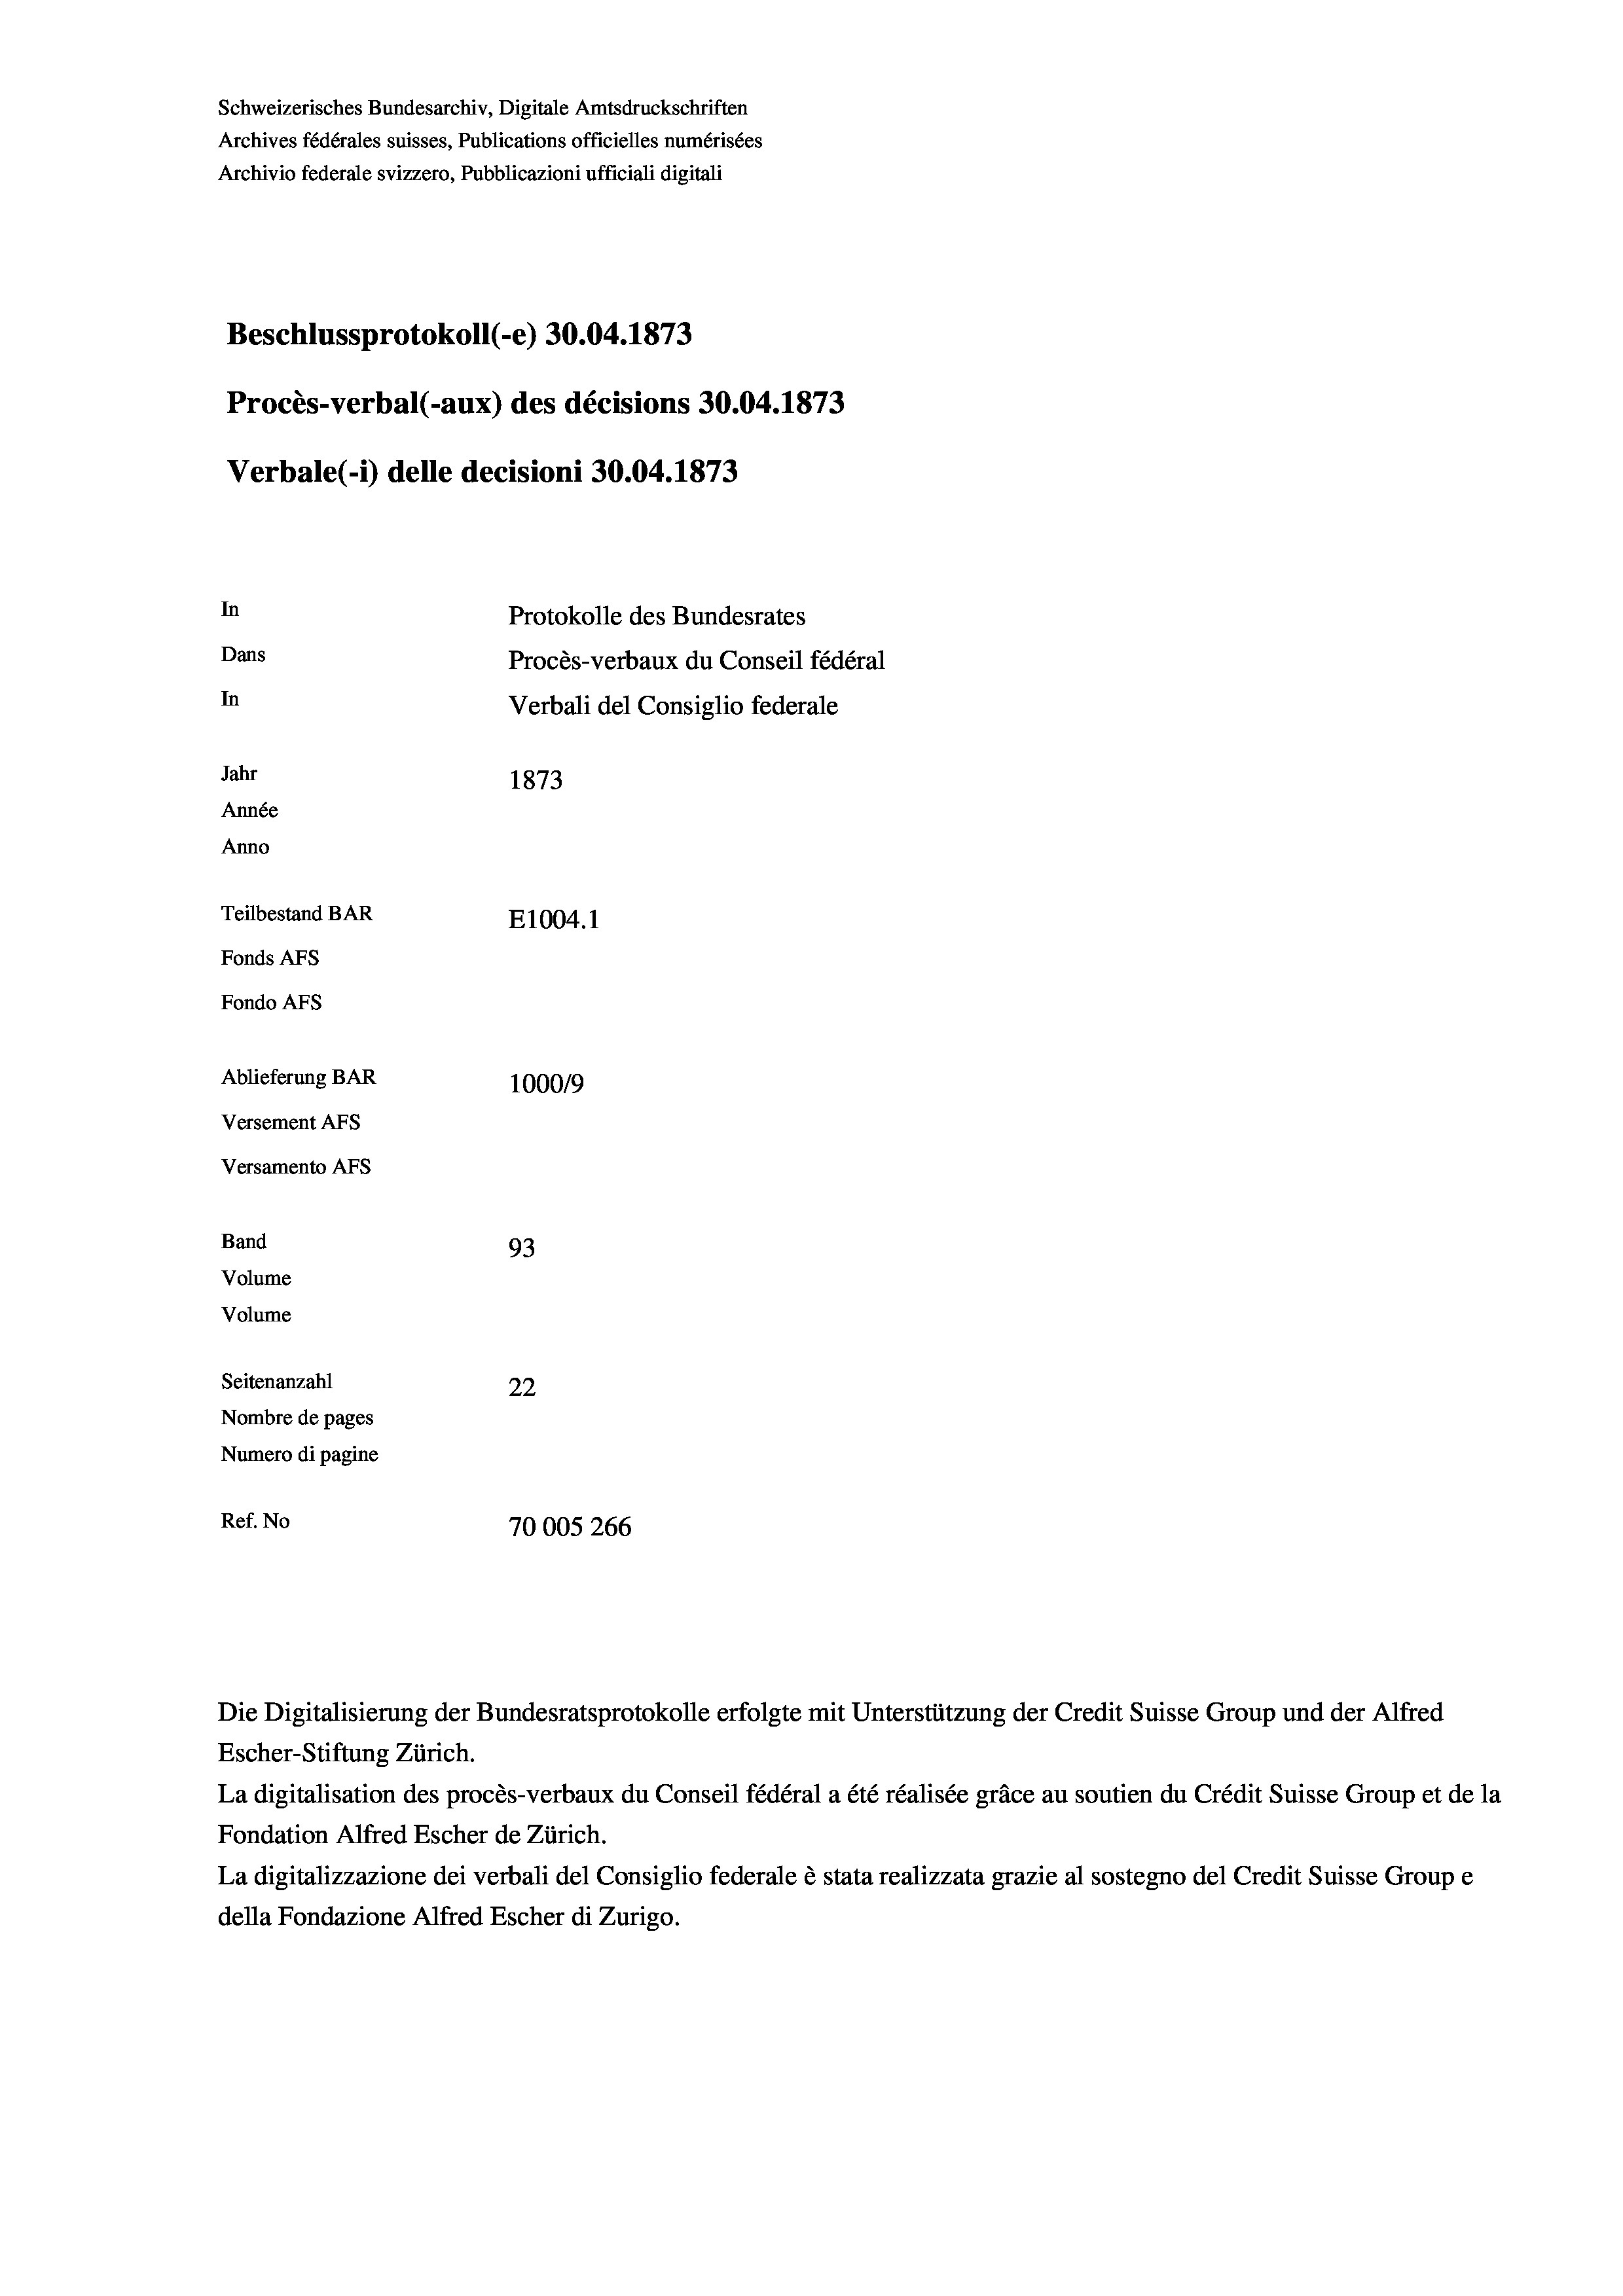
Schweizerisches Bundesarchiv, Digitale Amtsdruckschriften
Archives fédérales suisses, Publications officielles numérisées
Archivio federale svizzero, Pubblicazioni ufficiali digitali
Beschlussprotokoll (-e) 30.04. 1873
Procès-verbal (-aux) des décisions 30.04. 1873
Verbale (1) delle decisioni 30.04. 1873
In
Protokolle des Bundesrates
Dans
Procès-verbaux du Conseil fédéral
In
Verbali del Consiglio federale
Jahr
1873
Année
Anno
Teilbestand BAR
E1004. 1
Fonds Afs
Fondo AFs
Ablieferung BAR
100019
Versement Abs
Versamento Afs
Band
93
Volume
Volume
Seitenanzahl
22
Nombre de pages
Numero di pagine
Ref. No
70005 266

Die Digitalisierung der Bundesratsprotokolle erfolgte mit Unterstützung der Credit Suisse Group und der Alfred
Escher-Stiftung Zürich.
La digitalisation des procès-verbaux du Conseil fédéral a été réalisée gräce au soutien du Crédit Suisse Group et de la
Fondation Alfred Escher de Zürich.
La digitalizzazione dei verbali del Consiglio federale è stata realizzata grazie al sostegno del Credit Suisse Groupe
della Fondazione Alfred Escher di Zurigo.